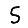
Digit: 5